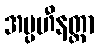
အပ္ပဟီနတ္တာ